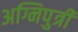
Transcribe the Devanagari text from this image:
अग्निपुत्री